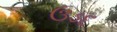
ઉડદ